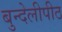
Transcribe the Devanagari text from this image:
बुन्देलीपीठ